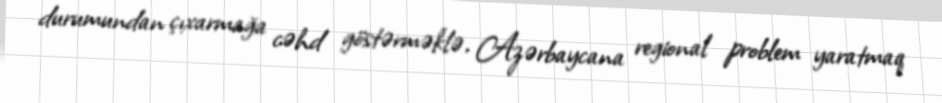
durumundan çıxarmağa cəhd göstərməklə, Azərbaycana regional problem yaratmaq